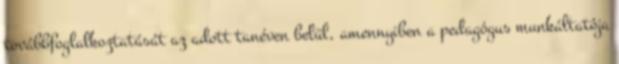
továbbfoglalkoztatását az adott tanéven belül, amennyiben a pedagógus munkáltatója